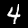
Label: 4